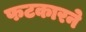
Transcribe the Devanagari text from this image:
फटकारने